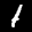
Label: 1